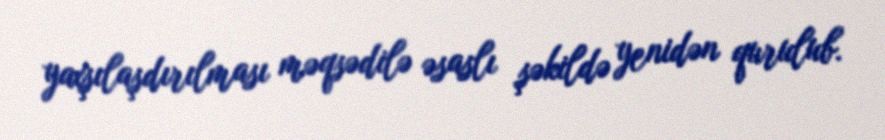
yaxşılaşdırılması məqsədilə əsaslı şəkildə yenidən qurulub.